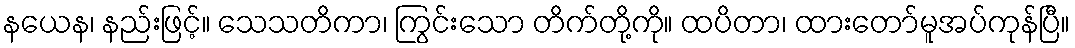
နယေန၊ နည်းဖြင့်။ သေသတိကာ၊ ကြွင်းသော တိက်တို့ကို။ ထပိတာ၊ ထားတော်မူအပ်ကုန်ပြီ။